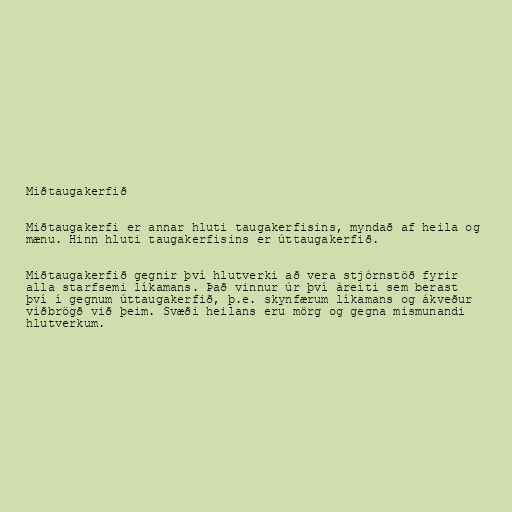
Miðtaugakerfið

Miðtaugakerfi er annar hluti taugakerfisins, myndað af heila og
mænu. Hinn hluti taugakerfisins er úttaugakerfið.

Miðtaugakerfið gegnir því hlutverki að vera stjórnstöð fyrir
alla starfsemi líkamans. Það vinnur úr því áreiti sem berast
því í gegnum úttaugakerfið, þ.e. skynfærum líkamans og ákveður
viðbrögð við þeim. Svæði heilans eru mörg og gegna mismunandi
hlutverkum.